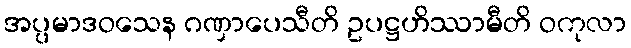
အပ္ပမာဒဝသေန ဂဏှာပေသီတိ ဥပဋ္ဌဟိဿာမီတိ ဝကုလာ